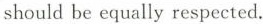
should be equally respected.